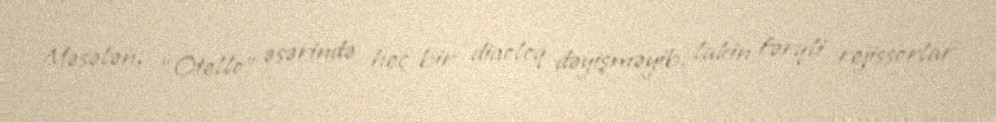
Məsələn, “Otello” əsərində heç bir diaoloq dəyişməyib, lakin fərqli rejissorlar